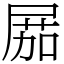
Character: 𡲢